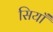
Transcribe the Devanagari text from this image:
सियाँ